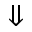
\Downarrow